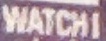
WATCHI